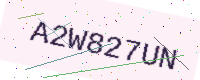
Text: A2W827UN